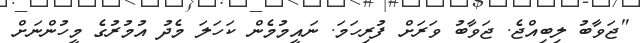
"ޖަވާބު ލިބިއްޖެ. ޖަވާބު ވަރަށް ފުރިހަމަ. ނައީމުމެން ކަހަލަ މެދު އުމުރުގެ މީހުންނަށް